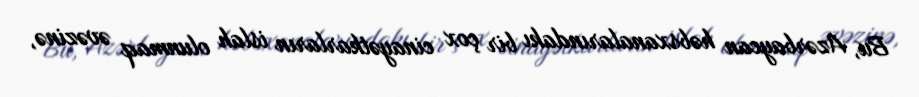
Bu, Azərbaycan həbsxanalarındakı bir çox cinayətkarların islah olunmaq əvəzinə,